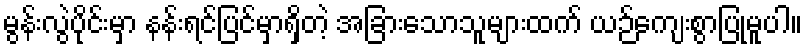
မွန်းလွဲပိုင်းမှာ နန်းရင်ပြင်မှာရှိတဲ့ အခြားသောသူများထက် ယဉ်ကျေးစွာပြုမူပါ။